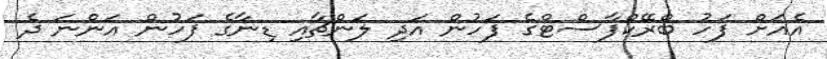
އެއަށް ފަހު ބްރޭކްފާސްޓްގެ ފަހުން އަދި ލަންޗާއި ޑިނާގެ ފަހުން އަންނަ ދެ